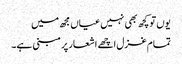
یوں تو کچھ بھی نہیں عیاں مجھ میں
تمام غزل اچھے اشعار پر مبنی ہے۔